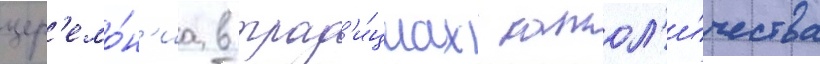
цер'емо́н'иа в трад'и́циах катол'и́чества